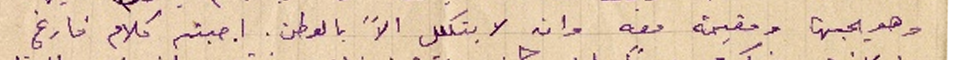
وهو يحبها ومقيمة معه وان لا يتكلل الاَّ بالوطن. اجبته كلام فارغ